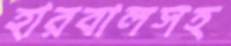
হারবালসহ